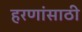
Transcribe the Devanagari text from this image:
हरणांसाठी